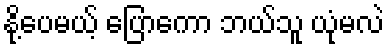
နို့ပေမယ့် ပြောကော ဘယ်သူ ယုံမလဲ